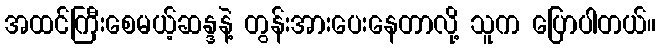
အထင်ကြီးစေမယ့်ဆန္ဒနဲ့ တွန်းအားပေးနေတာလို့ သူက ပြောပါတယ်။